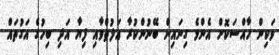
ވަކިން ހާއްސަކޮށް އެންމެ ގިނައިން ބޭނުންކުރާ އަލުތްވާއި ފިޔާ އަދި ބިހުގެ އަގުތައް